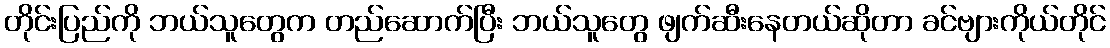
တိုင်းပြည်ကို ဘယ်သူတွေက တည်ဆောက်ပြီး ဘယ်သူတွေ ဖျက်ဆီးနေတယ်ဆိုတာ ခင်ဗျားကိုယ်တိုင်